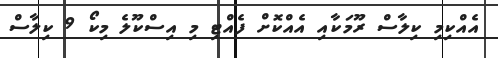
އެއްކިމި ކިލާސް ރޫމަކާއި އެއްކޮށް ފެއްޓި މި އިސްކޫލެ މިކޯ 9 ކިލާސް